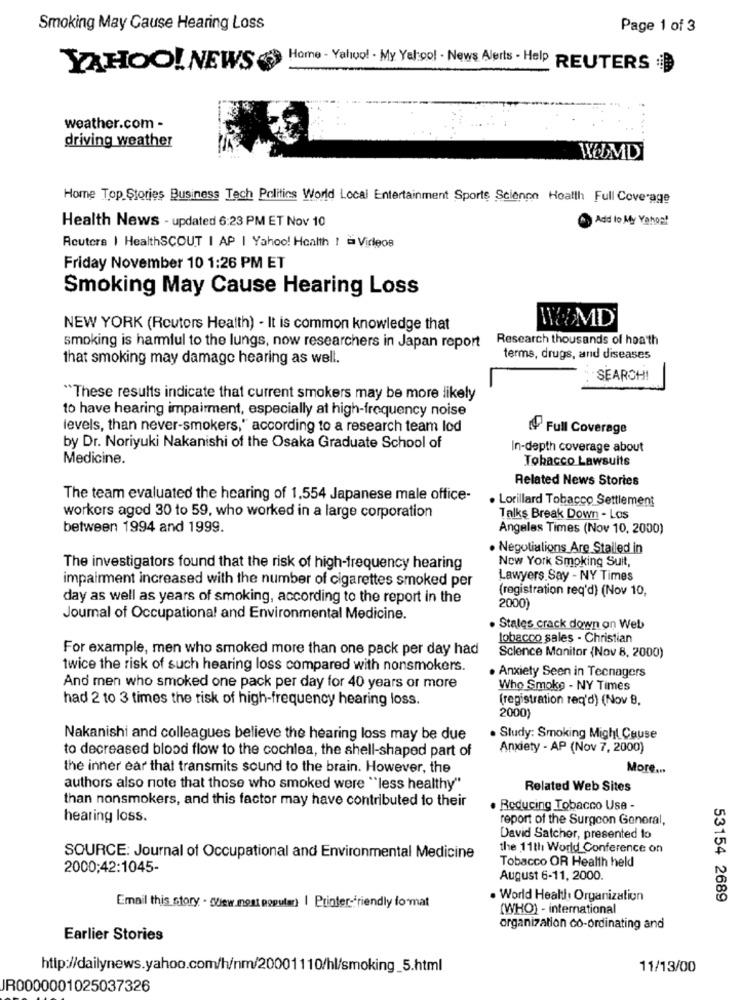
Smoking May Cause Hearing Loss
Page 1 of 3
YAHOO! NEWS ( Home - Yahoo! - My Yal:ol - News Alerts . Help REUTERS
weather.com -
driving weather
WELMD
Home Top Stories Business Tech Politics World Local Entertainment Sports Science Health Full Coverage
Add to My Yahoo!
Health News - updated 6:23 PM ET Nov 10
Reuters | HealthSCOUT I AP | Yahoo! Health ! = Videos
Friday November 10 1:26 PM ET
Smoking May Cause Hearing Loss
WAMD
NEW YORK (Reuters Health) - It is common knowledge that
Research thousands of heath
smoking is harmful to the lungs, now researchers in Japan report
that smoking may damage hearing as well.
terms, drugs, and diseases
SEARCH!
"These results indicate that current smokers may be more likely
to have hearing impairment, especially at high-frequency noise
levels, than never-smokers," according to a research team lod
Full Coverage
by Dr. Noriyuki Nakanishi of the Osaka Graduate School of
In-depth coverage about
Medicine.
Tobacco Lawsuits
Related News Stories
The team evaluated the hearing of 1,554 Japanese male office-
. Lorillard Tobacco Settlement
workers agod 30 to 59, who worked in a large corporation
Talks Break Down - Los
between 1994 and 1999.
Angeles Times (Nov 10, 2000)
· Negotiations Are Stalled in
New York Smoking Suit,
The investigators found that the risk of high-frequency hearing
impairment increased with the number of cigarettes smoked per
Lawyers. Say - NY Times
(registration req'd) (Nov 10,
day as well as years of smoking, according to the report in the
2000)
Journal of Occupational and Environmental Medicine.
. States crack down on Web
tobacco sales - Christian
For example, men who smoked more than one pack per day had
Science Monitor (Nov 8, 2000)
twice the risk of such hearing loss compared with nonsmokers.
. Anxiety Seen in Tecnagers
And men who smoked one pack per day for 40 years or more
Who Smoke - NY Times
had 2 to 3 times the risk of high-frequency hearing loss.
(registration req'd) (Nov 8.
2000)
Nakanishi and colleagues believe the hearing loss may be due
. Study: Smoking Might Cause
to decreased blood flow to the cochlea, the shell-shaped part of
Anxiety - AP (Nov 7, 2000)
the inner ear that transmits sound to the brain. However, the
More ...
authors also note that those who smoked were "less healthy"
Related Web Sites
than nonsmokers, and this factor may have contributed to their
. Reducing Tobacco Use -
hearing loss.
report of the Surgeon General,
David Satcher, presented lo
the 11th World Conference on
SOURCE: Journal of Occupational and Environmental Medicine
Tobacco OR Health held
2000:42:1045-
August 6-11, 2000.
· World Health Organization
53154 2689
Email this story - wiew.most popular) | Printer-friendly format
(WHO) - international
organization co-ordinating and
Earlier Stories
http://dailynews.yahoo.com/h/nm/20001110/hl/smoking_5.html
11/13/00
JR0000001025037326